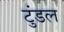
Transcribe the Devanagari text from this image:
टुंडल